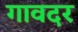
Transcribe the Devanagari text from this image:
गावदर